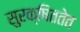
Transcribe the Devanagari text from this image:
सुरक्षिततेत